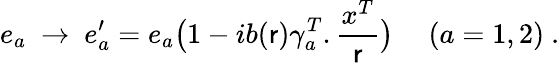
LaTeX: e_{a}\ \rightarrow\ e_{a}^{\prime}=e_{a}\big(1-ib(\mathsf{r})\gamma_{a}^{T}.\frac{{x^{T}}}{{\mathsf{r}}}\big)\ \ \ \ \ (a=1,2)\ .